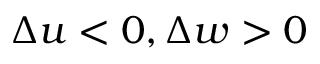
\Delta u < 0 , \Delta w > 0